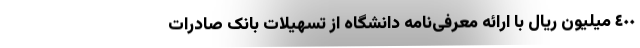
٤٠٠ میلیون ریال با ارائه معرفی‌نامه دانشگاه از تسهیلات بانک صادرات